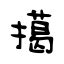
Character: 擖